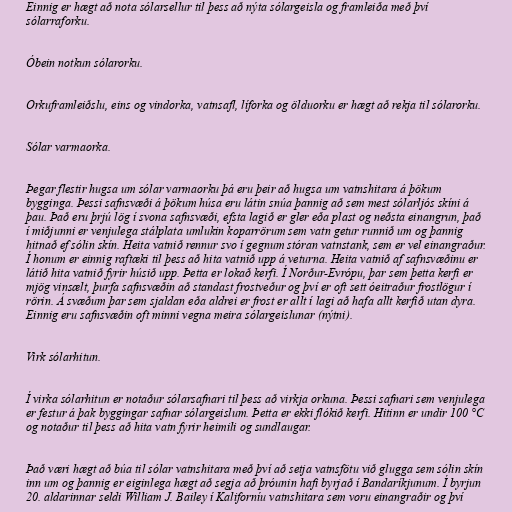
Einnig er hægt að nota sólarsellur til þess að nýta sólargeisla og framleiða með því
sólarraforku.

Óbein notkun sólarorku.

Orkuframleiðslu, eins og vindorka, vatnsafl, líforka og ölduorku er hægt að rekja til sólarorku.

Sólar varmaorka.

Þegar flestir hugsa um sólar varmaorku þá eru þeir að hugsa um vatnshitara á þökum
bygginga. Þessi safnsvæði á þökum húsa eru látin snúa þannig að sem mest sólarljós skíni á
þau. Það eru þrjú lög í svona safnsvæði, efsta lagið er gler eða plast og neðsta einangrun, það
í miðjunni er venjulega stálplata umlukin koparrörum sem vatn getur runnið um og þannig
hitnað ef sólin skín. Heita vatnið rennur svo í gegnum stóran vatnstank, sem er vel einangraður.
Í honum er einnig raftæki til þess að hita vatnið upp á veturna. Heita vatnið af safnsvæðinu er
látið hita vatnið fyrir húsið upp. Þetta er lokað kerfi. Í Norður-Evrópu, þar sem þetta kerfi er
mjög vinsælt, þurfa safnsvæðin að standast frostveður og því er oft sett óeitraður frostlögur í
rörin. Á svæðum þar sem sjaldan eða aldrei er frost er allt í lagi að hafa allt kerfið utan dyra.
Einnig eru safnsvæðin oft minni vegna meira sólargeislunar (nýtni).

Virk sólarhitun.

Í virka sólarhitun er notaður sólarsafnari til þess að virkja orkuna. Þessi safnari sem venjulega
er festur á þak byggingar safnar sólargeislum. Þetta er ekki flókið kerfi. Hitinn er undir 100 °C
og notaður til þess að hita vatn fyrir heimili og sundlaugar.

Það væri hægt að búa til sólar vatnshitara með því að setja vatnsfötu við glugga sem sólin skín
inn um og þannig er eiginlega hægt að segja að þróunin hafi byrjað í Bandaríkjunum. Í byrjun
20. aldarinnar seldi William J. Bailey í Kaliforníu vatnshitara sem voru einangraðir og því